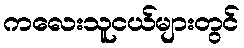
ကလေးသူငယ်များတွင်